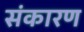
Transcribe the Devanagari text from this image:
संकारण